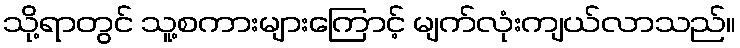
သို့ရာတွင် သူ့စကားများကြောင့် မျက်လုံးကျယ်လာသည်။